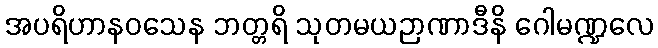
အပရိဟာနဝသေန ဘတ္တရိ သုတမယဉာဏာဒီနိ ဂေါမဏ္ဍလေ